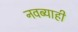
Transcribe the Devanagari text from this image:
नवब्याही